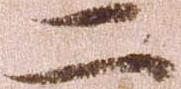
二